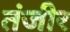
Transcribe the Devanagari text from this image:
तंजीर